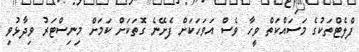
ފްލެޓްތަކުގެ މަސައްކަތް ވީހާ ވެސް އަވަހަކަށް ފެށޭނެ ގޮތަކަށް ކަމަށް މިނިސްޓަރު ވިދާޅުވި